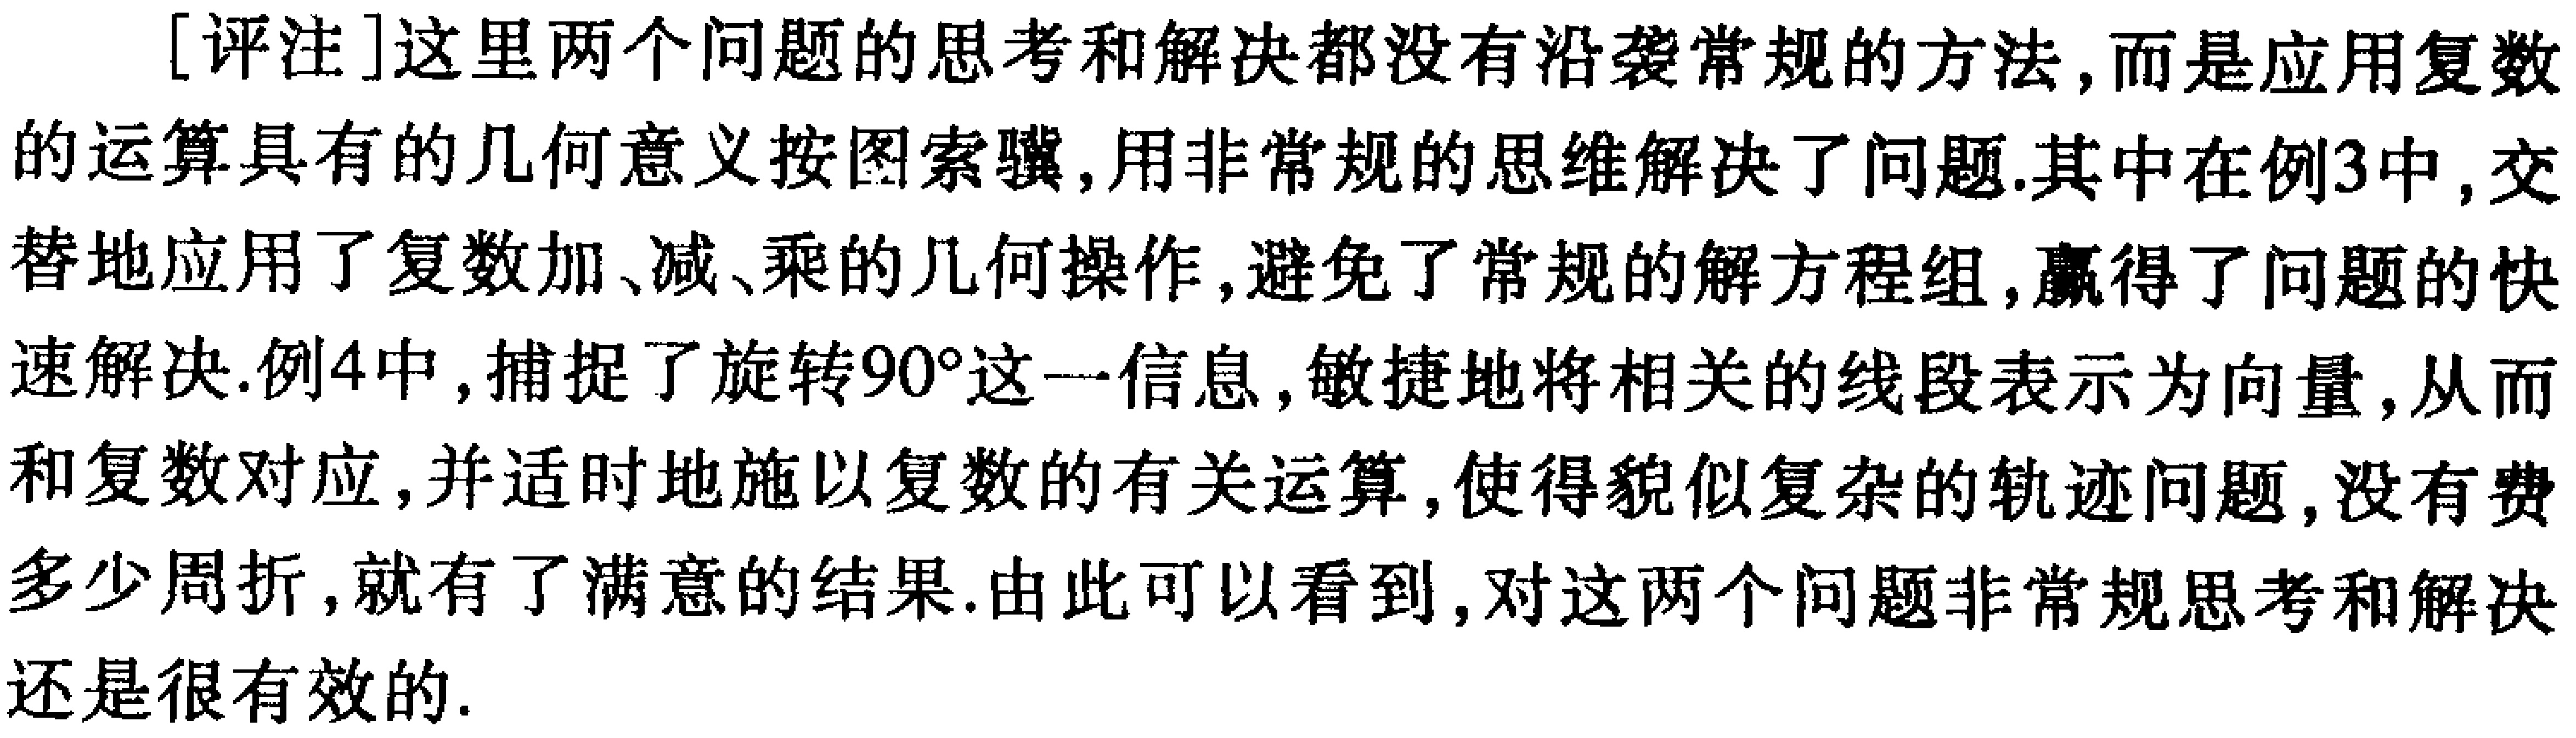
[评注]这里两个问题的思考和解决都没有沿袭常规的方法,而是应用复数的运算具有的几何意义按图索骥,用非常规的思维解决了问题.其中在例3中,交替地应用了复数加、减、乘的几何操作,避免了常规的解方程组,赢得了问题的快速解决.例4中,捕捉了旋转\(90^{\circ}\)这一信息,敏捷地将相关的线段表示为向量,从而和复数对应,并适时地施以复数的有关运算,使得貌似复杂的轨迹问题,没有费多少周折,就有了满意的结果.由此可以看到,对这两个问题非常规思考和解决还是很有效的.